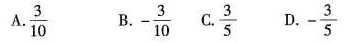
A.\frac{3}{10} B.-\frac{3}{10} C.\frac{3}{5} D.-\frac{3}{5}